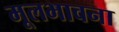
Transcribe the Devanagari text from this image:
मूलभावना